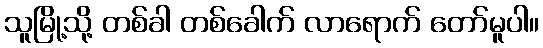
သူမြို့သို့ တစ်ခါ တစ်ခေါက် လာရောက် တော်မူပါ။